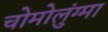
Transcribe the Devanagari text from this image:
चोमोलुंग्मा